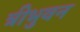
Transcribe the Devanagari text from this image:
त्रीभुवन